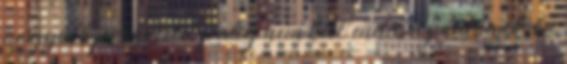
nagyobb próbatétel pedig nem kell ennek az autónak, ha